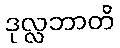
ဒုလ္လဘာတိ